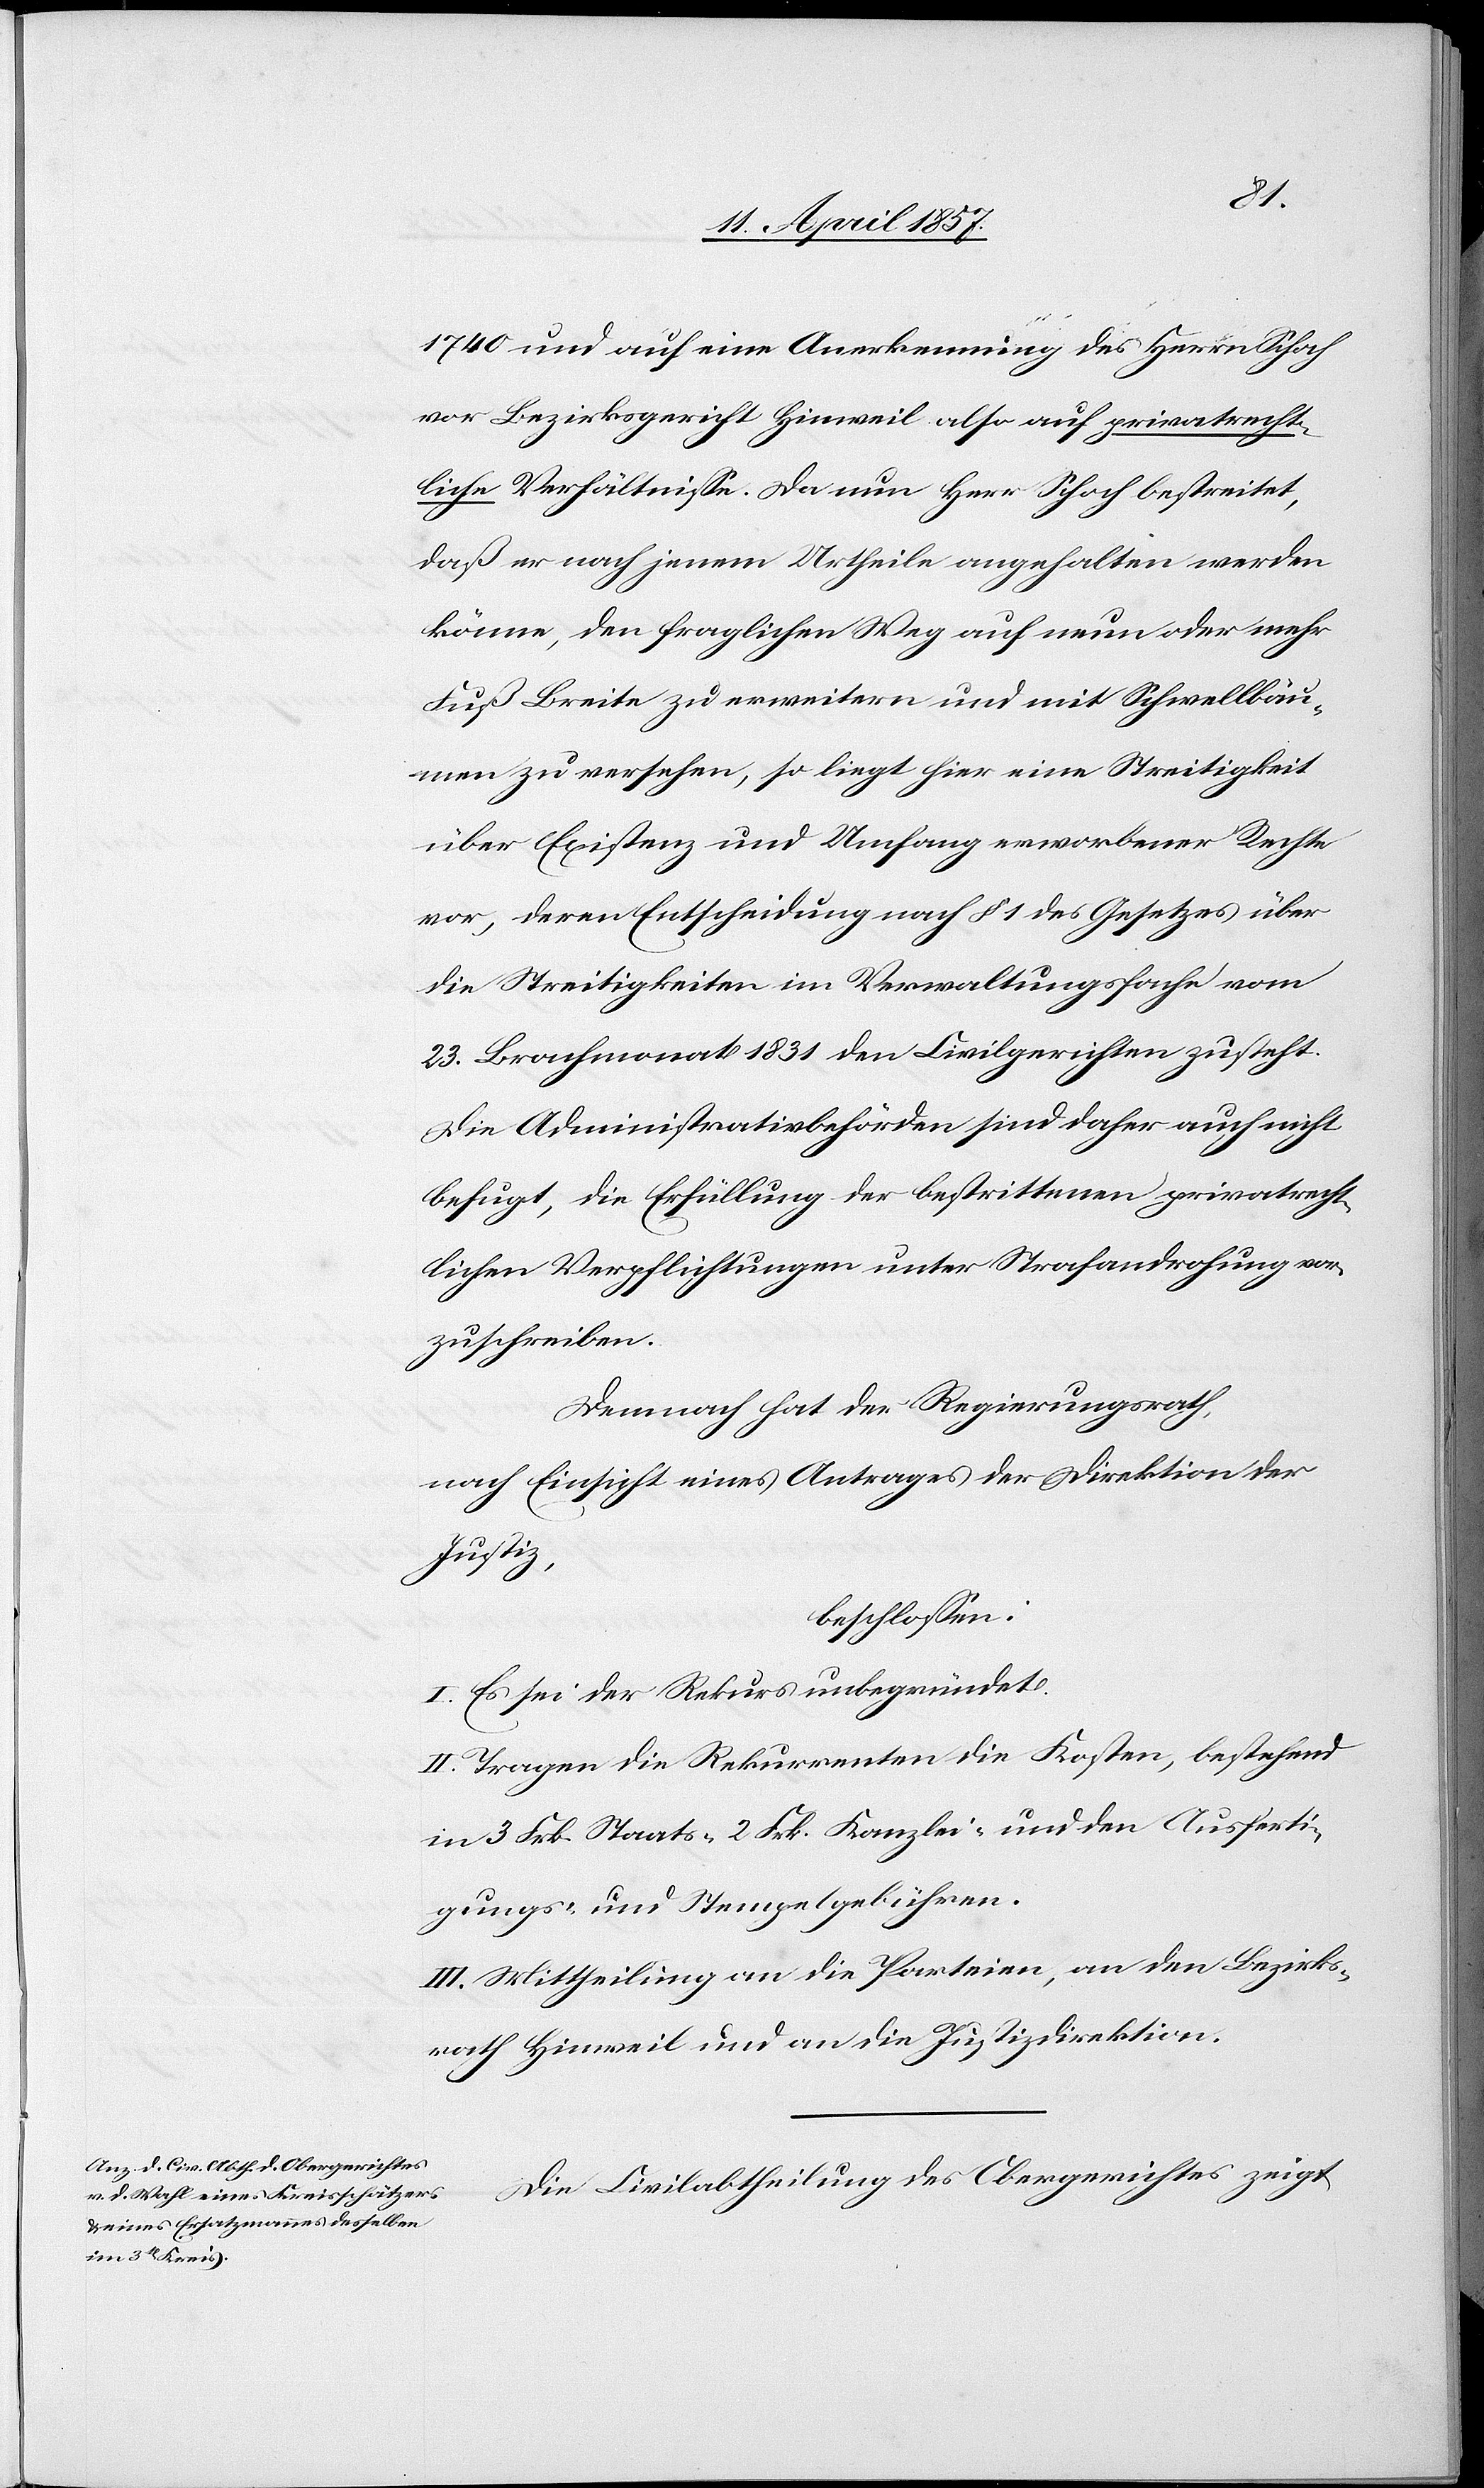
1740 und auf eine Anerkennung des Herrn Schoch
vor Bezirksgericht Hinweil also auf privatrecht¬
liche Verhältnisse. Da nun Herr Schoch bestreitet,
daß er nach jenem Urtheile angehalten werden
könne, den fraglichen Weg auf neun oder mehr
Fuß Breite zu erweitern und mit Schwellbäu¬
men zu versehen, so liegt hier eine Streitigkeit
über Existenz und Umfang erworbener Rechte
vor, deren Entscheidung nach § 1 des Gesetzes über
die Streitigkeiten im Verwaltungsfache vom
23. Brachmonat 1831 den Civilgerichten zusteht.
Die Administrativbehörden sind daher auch nicht
befugt, die Erfüllung der bestrittenen privatrecht¬
lichen Verpflichtungen unter Strafandrohung vor¬
zuschrieben.
Demnach hat der Regierungsrath,
nach Einsicht eines Antrages der Direktion der
Justiz,
beschlossen:
I. Es sei der Rekurs unbegründet.
II. Tragen die Rekurrenten die Kosten, bestehend
in 3 Frk. Staats-[,] 2 Frk. Kanzlei- und den Ausferti¬
gungs- und Stempelgebühren.
III. Mittheilung an die Parteien, an den Bezirks¬
rath Hinweil und an die Justizdirektion.
Die Civilabtheilung des Obergerichtes zeigt